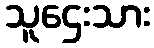
သူဌေးသား